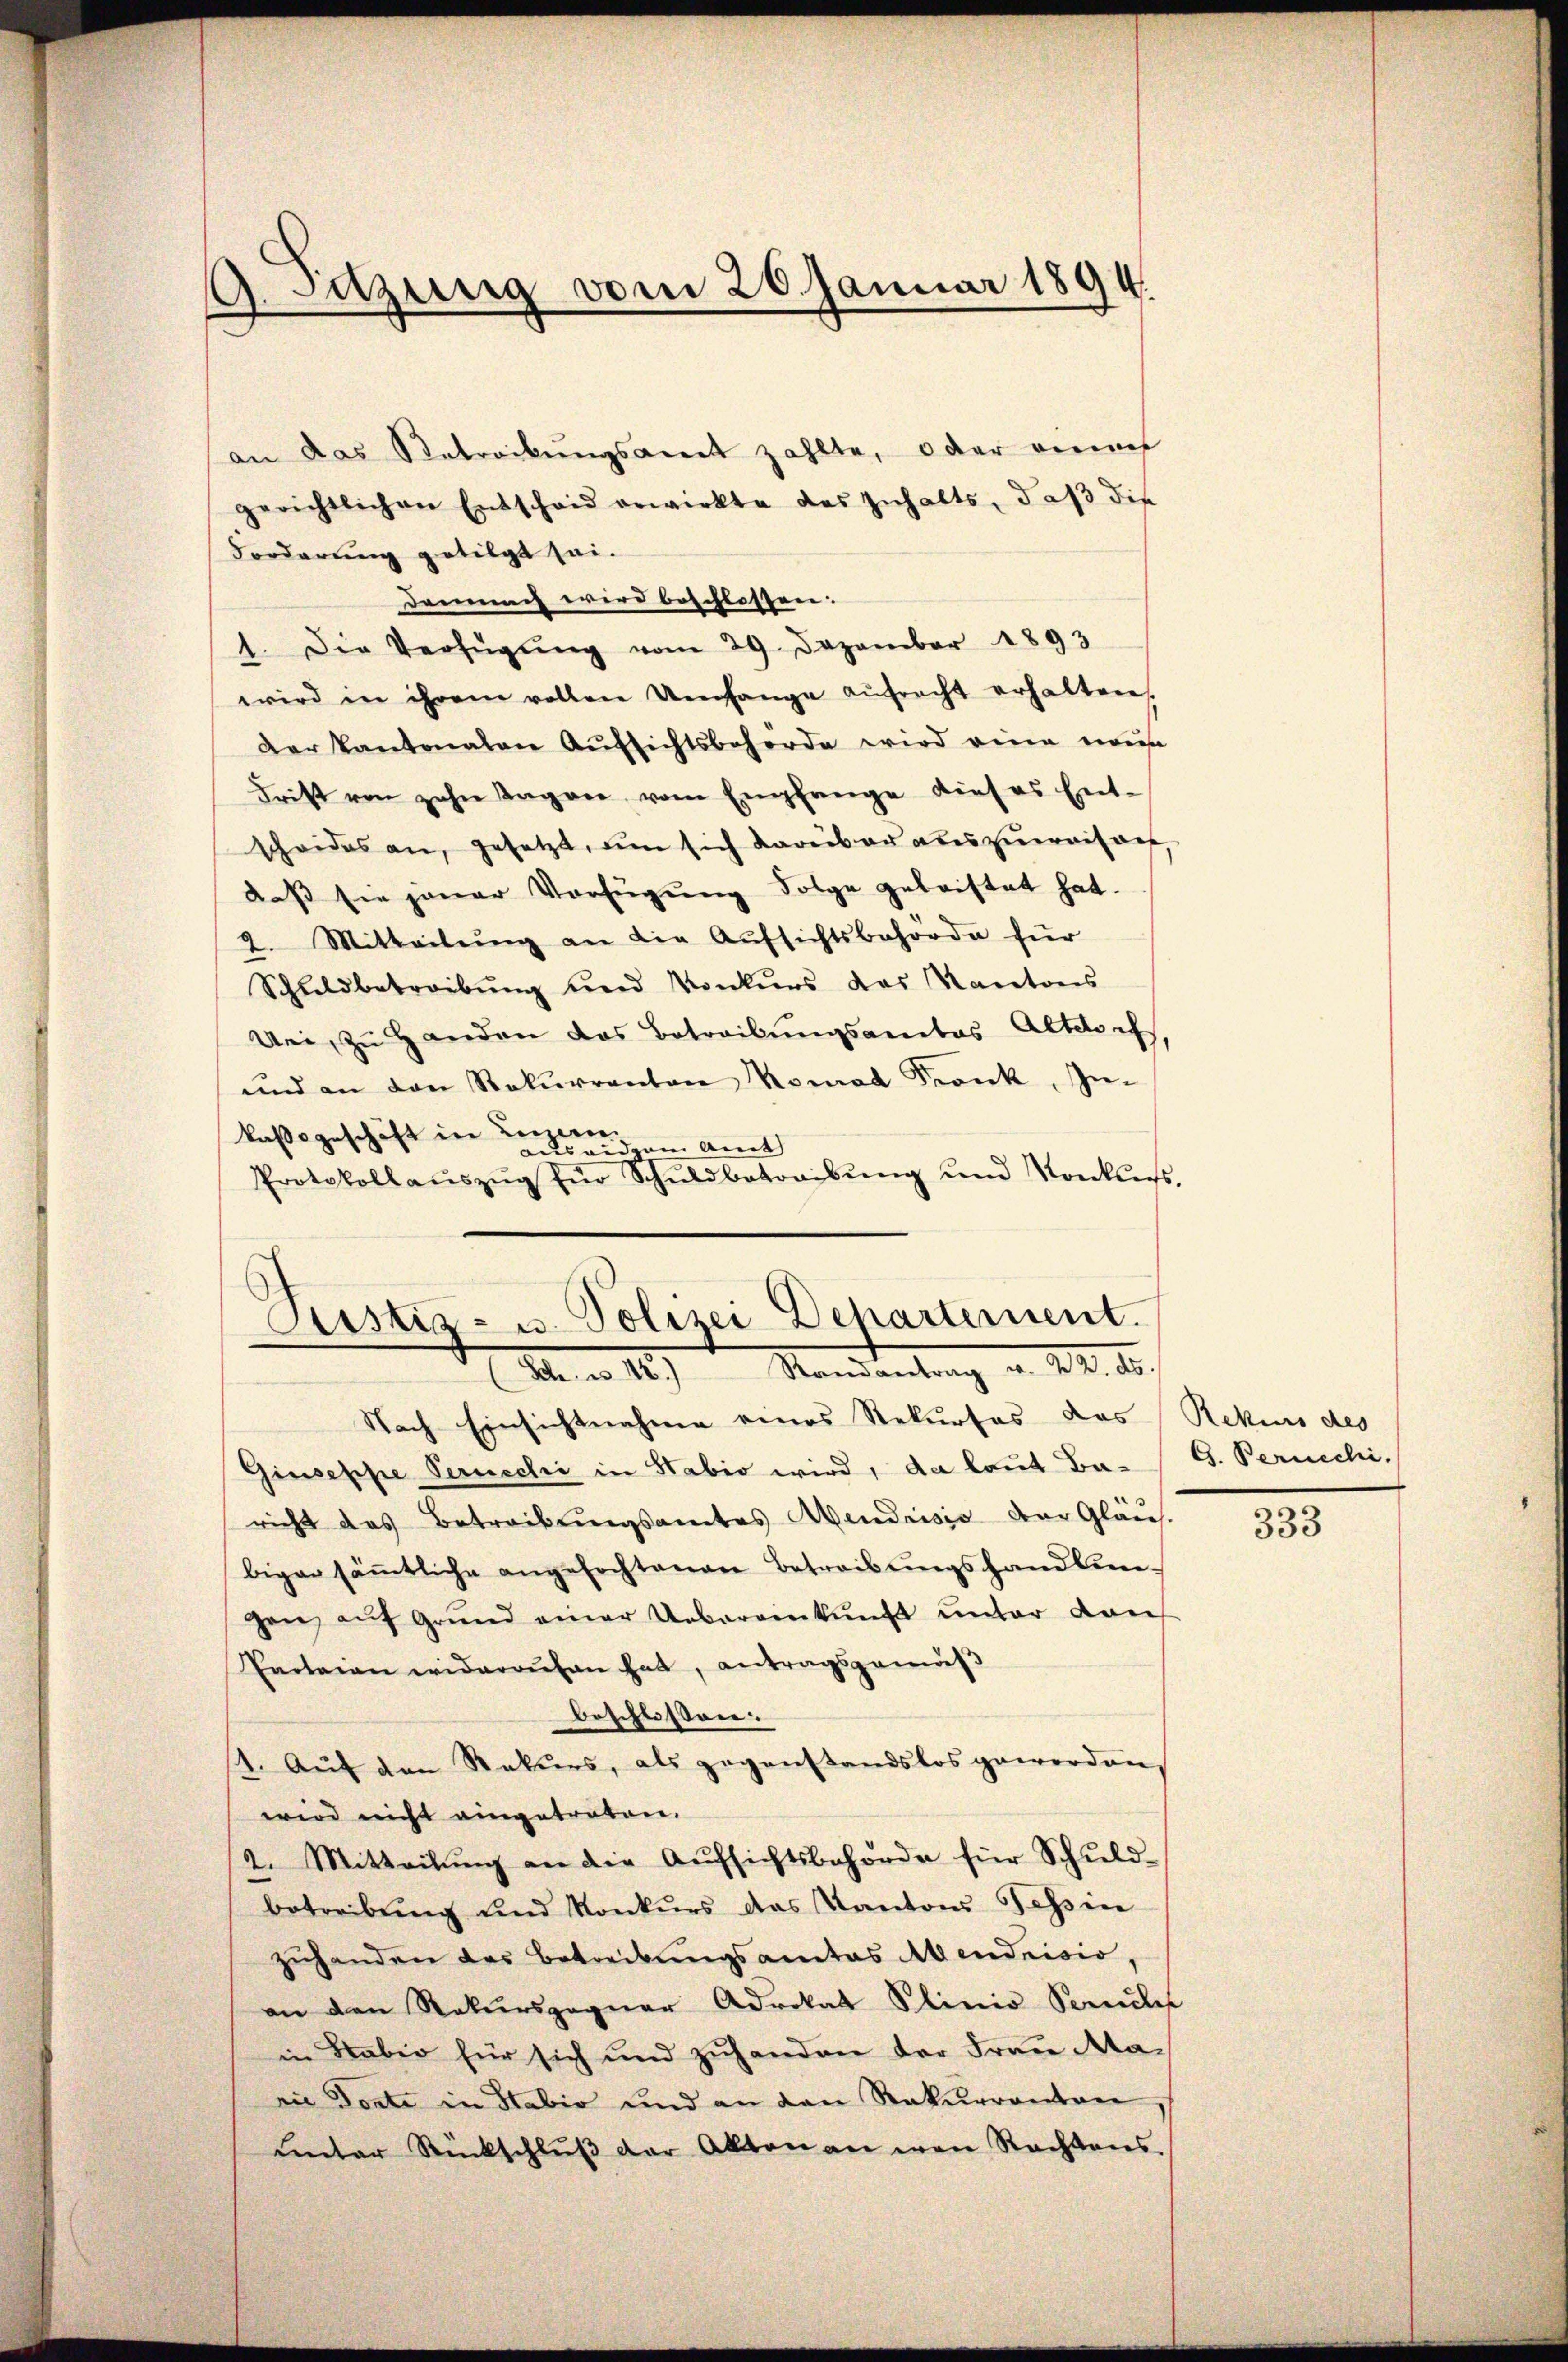
A. Tuzung vom 20. Januar 1894.

an das Retrackungsamt zahlte, oder einner
gerichtlichen Entscheid erwirkte das Inhalts, daβ die
Forderung getilgt sei.
Demnach wird beschlossen.
1. Die Verfügŭng vom 29. Dezember 1893
wird in ihrem vollen Umfange aŭfrecht erhalten,
Der Kantonalen Aŭfsichtsbehörde wird eine neue
Frist von zehn Tagen vom Empfange dieses Ent-
scheides an, gesetzt, um sich darüber auszuweisau,
daß sie jener Verfügung Folge gebristet hat.
2. Mitteilŭng an die Aŭfsichtsbehörde für
Schuldbetreibŭng ŭnd Konkŭrs das Kantons
Uei, zu Handen das Betreibungsantas Altdorf,
und an den Rekurrenten Konrad Krank, Im-
kassgeschäft in Leizeris amt
dus a
Protokollaŭszŭg für Schuldbetreibŭng und Konkurs,

Ristiz- u. Polizei Departement.
F. v. 14.) Randantrag v. 22. 18

Nach Einsichtnahme eines Rekurses das Rekurs des
Giuseppe Peruechi in Stabio wird, da laut Ba-B. Bernechi
richt das Betreibungsamtes Abendrisis der Gläu-
biger säṁtliche angefochtanen Betreibŭngshandlun-
gen aŭf Grŭnd einer Uebereinkunft ŭnter dan
Parteien widerrufen hat, antragsgemäβ
beschlossen.
4. Auf den Rekurs, als gegenstandslos geworden,
wird nicht eingetreten.
2. Mitteilŭng an die Aŭfsichtsbehörde für Schŭld-
betreibung und Konkurs das Kantons Tessin
zuhanden das Betreibungsamtes Abendrisio,
an den Rekursgegner Advokat Plinio Sandler
in Haber für sich und zuhanden der Frau Ma-
vie donte in Stabio und an den Rekurrenten,
ŭnter Rückschlŭβ der Akten an wen Rechtens.

333